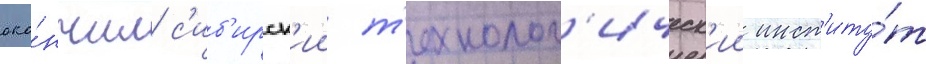
око́нчил с'иб'ирск'ии т'ехнолог'ическ'ии инст'иту́т